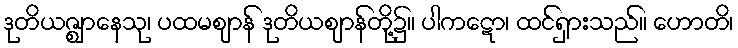
ဒုတိယဇ္ဈာနေသု၊ ပထမဈာန် ဒုတိယဈာန်တို့၌။ ပါကဋော၊ ထင်ရှားသည်။ ဟောတိ၊